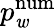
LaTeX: p_{\mathit{w}}^{\mathrm{{num}}}